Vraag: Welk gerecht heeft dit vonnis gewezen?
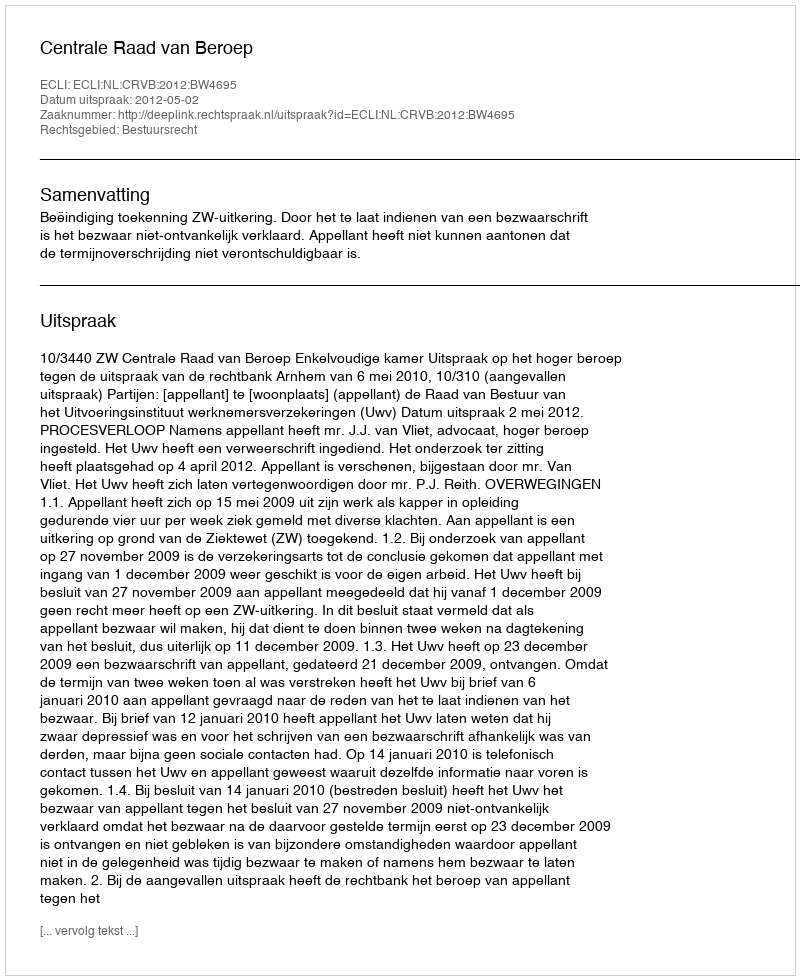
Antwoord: Centrale Raad van Beroep